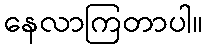
နေလာကြတာပါ။